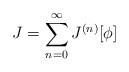
\begin{align*}J=\sum_{n=0}^{\infty} J^{(n)}[\phi]\end{align*}